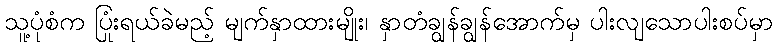
သူ့ပုံစံက ပြုံးရယ်ခဲမည့် မျက်နှာထားမျိုး၊ နှာတံချွန်ချွန်အောက်မှ ပါးလျသောပါးစပ်မှာ